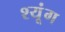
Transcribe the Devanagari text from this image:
श्यूंग